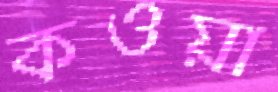
কওয়া